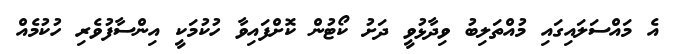
އެ މައްސަލައިގައި މުއްތަލިބު ވިދާޅުވީ ދަށު ކޯޓުން ކޮށްފައިވާ ހުކުމަކީ އިންސާފުވެރި ހުކުމެއް